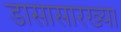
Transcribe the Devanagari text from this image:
डासासारख्या